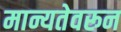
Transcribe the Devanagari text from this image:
मान्यतेवरून